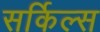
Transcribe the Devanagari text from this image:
सर्किल्स